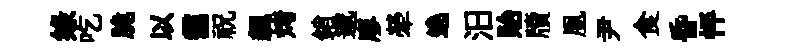
绿吃脆以靄祝飆烤銷邈廖犖遶汨貽牘凰尹食昏怦